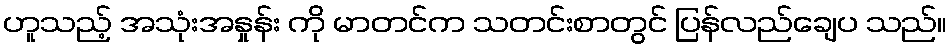
ဟူသည့် အသုံးအနှုန်း ကို မာတင်က သတင်းစာတွင် ပြန်လည်ချေပ သည်။